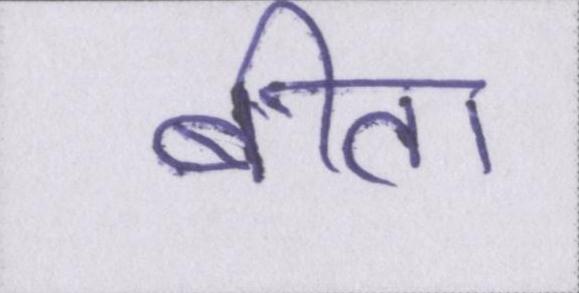
बीता